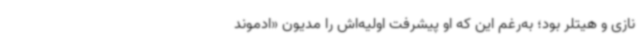
نازی‌ و هیتلر بود؛ به‌رغم‌ این که او پیشرفت اولیه‌اش را مدیون «ادموند